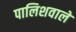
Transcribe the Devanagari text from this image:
पालिशवाले